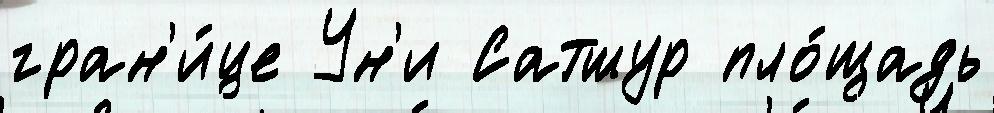
гран'и́це Ун'и Сатшур пло́щадь